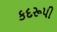
કદરૂપી